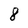
Character: 8